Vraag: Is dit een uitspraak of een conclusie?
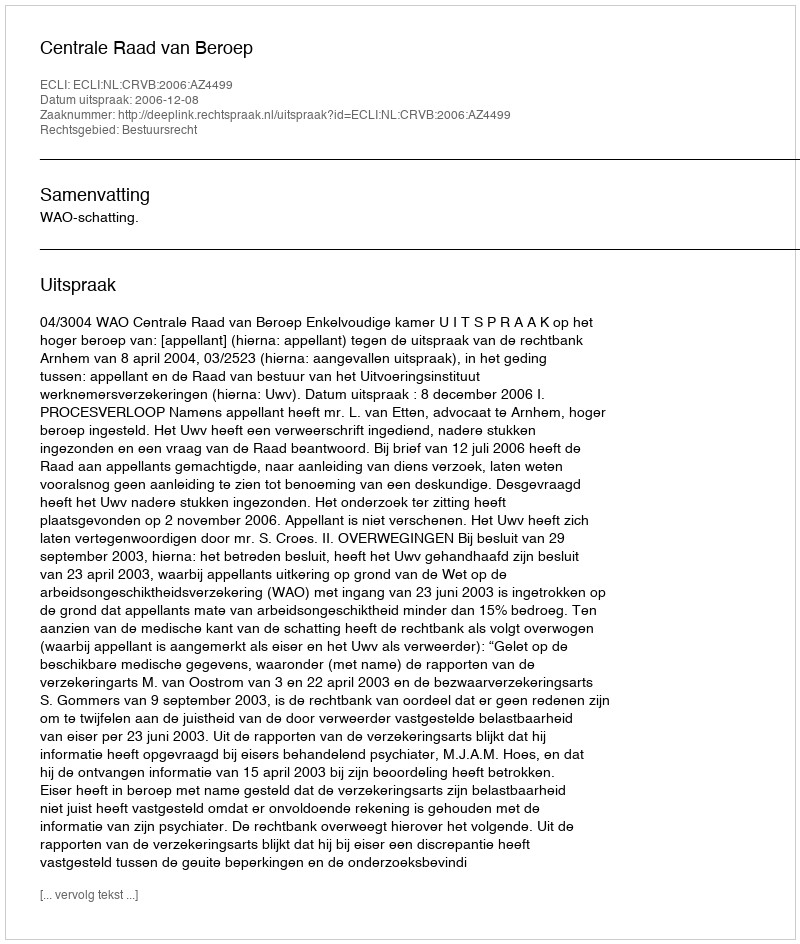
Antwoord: Uitspraak